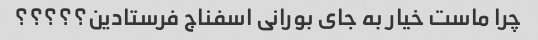
چرا ماست خیار به جای بورانی اسفناج فرستادین؟؟؟؟؟